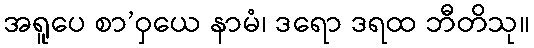
အရူပေ စာ’ဝှယေ နာမံ၊ ဒရော ဒရထ ဘီတိသု။